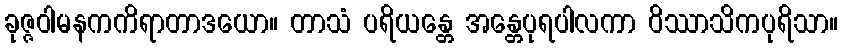
ခုဇ္ဇဝါမနကကိရာတာဒယော။ တာသံ ပရိယန္တေ အန္တေပုရပါလကာ ဝိဿာသိကပုရိသာ။